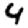
Digit: 4